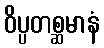
ဝိပ္ပတစ္ဆမာနံ